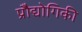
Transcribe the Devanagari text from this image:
प्रोैद्योगिकी